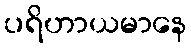
ပရိဟာယမာနေ